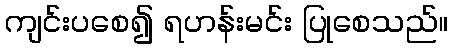
ကျင်းပစေ၍ ရဟန်းမင်း ပြုစေသည်။